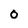
Character: O